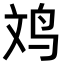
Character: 𪉃